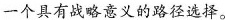
一个具有战略意义的路径选择。